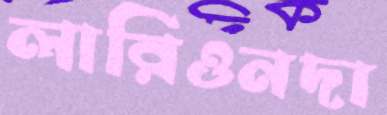
লারিওনদা